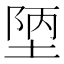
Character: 𭎴